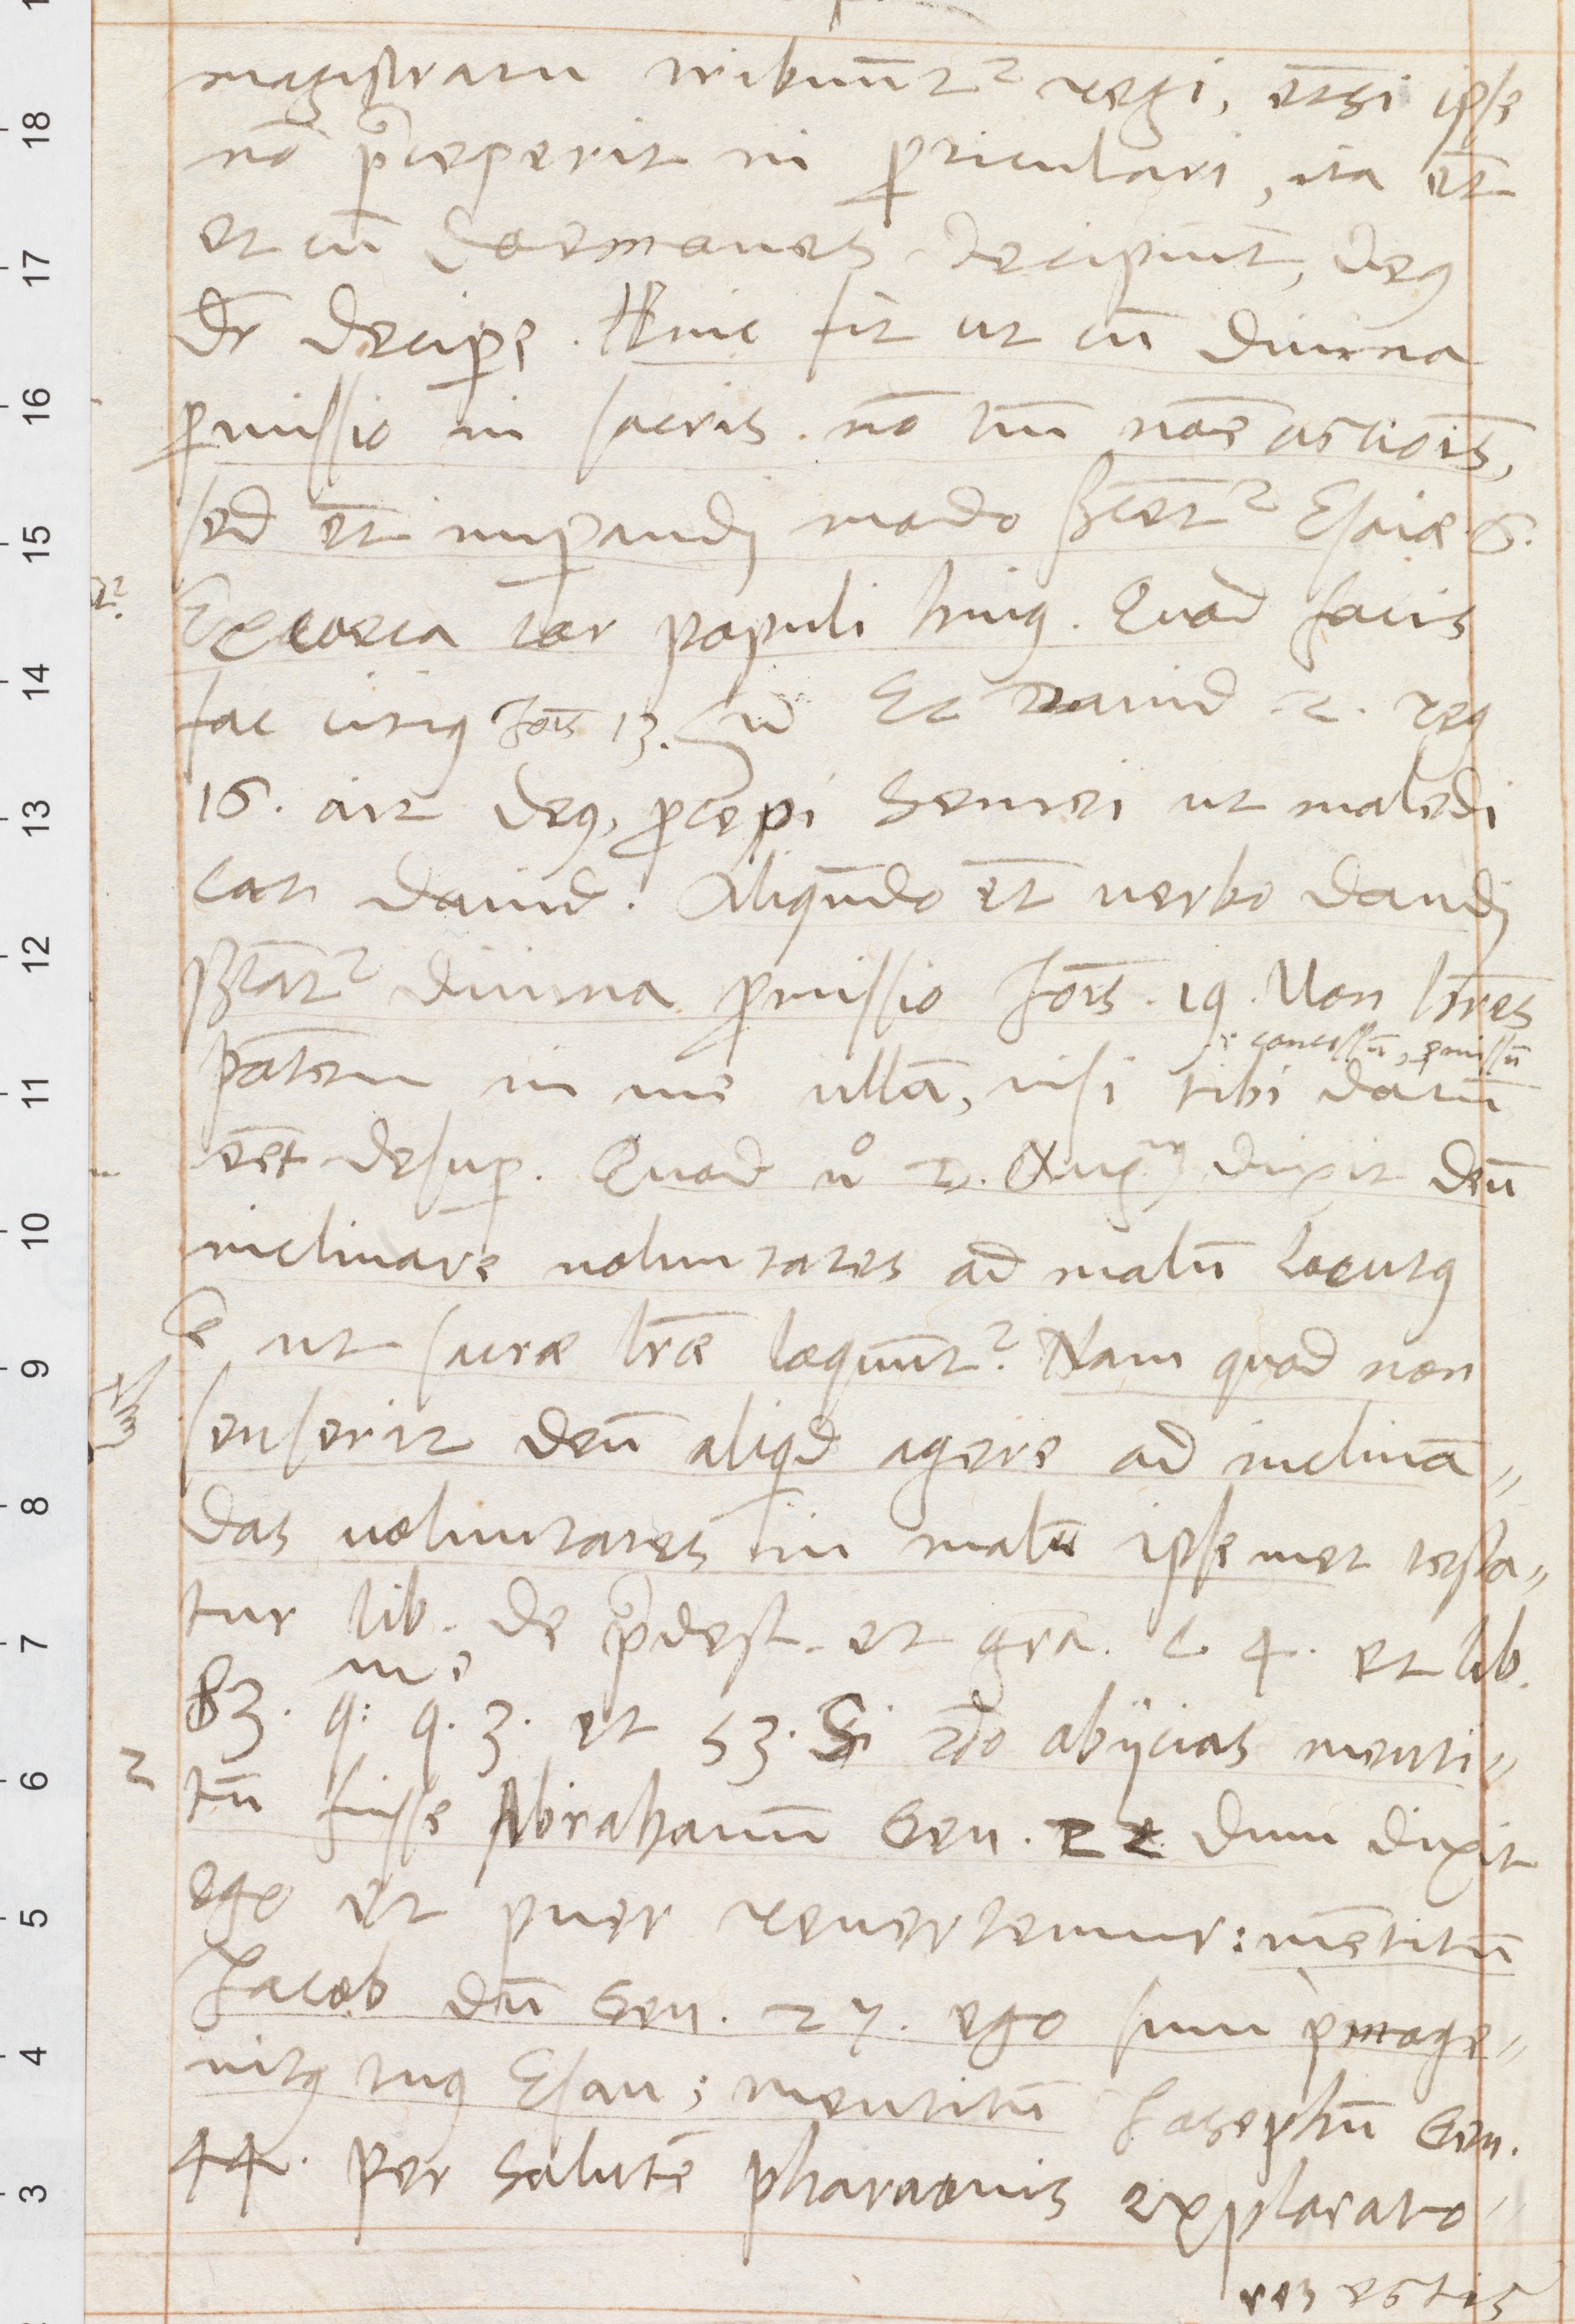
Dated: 1570–1570